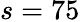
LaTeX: s=75